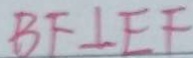
B F \bot E F